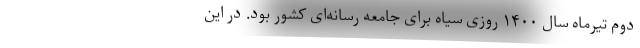
دوم تیرماه سال ۱۴۰۰ روزی سیاه برای جامعه رسانه‌ای کشور بود. در این